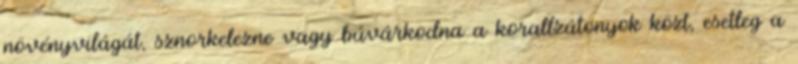
növényvilágát, sznorkelezne vagy búvárkodna a korallzátonyok közt, esetleg a